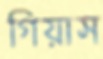
গিয়াস